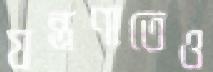
যন্ত্রণাতেও